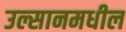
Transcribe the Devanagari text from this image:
उल्सानमधील